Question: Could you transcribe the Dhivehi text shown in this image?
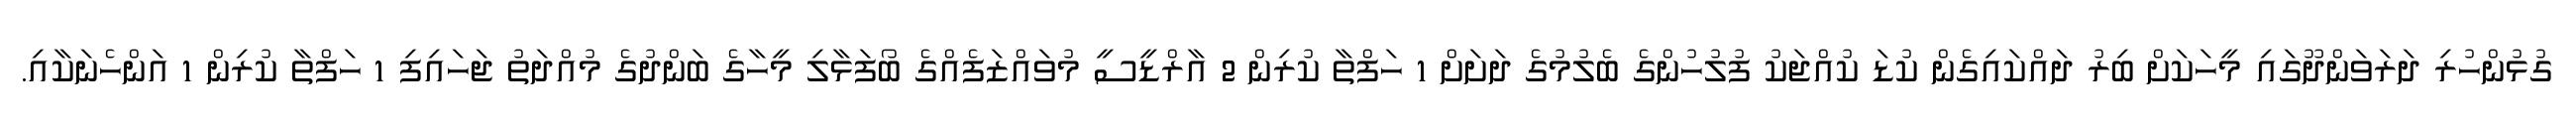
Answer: ގުޅުންހުރި ދަރަވަންދޫގައި މީހަކަށް ބިރު ދައްކައިގެން ކުޑަ ކުއްޖަކު ފުލުހުންގެ ބެލުމުގެ ދަށަށް 1 ހަފްތާ ކުރިން 2 އާރްޑީސީ މުވައްޒަފެއްގެ ބޯފަޅާލި މީހާގެ ބަންދުގެ މުއްދަތު ޖަހައިފި 1 ހަފްތާ ކުރިން 1 އަންހެނަކާއި.